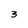
Character: 3